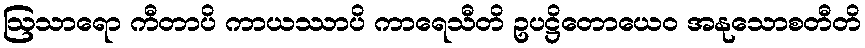
ဩသာရော ကီတာပိ ကာယဿာပိ ကာရေသီတိ ဥပဋ္ဌိတောယေဝ အနုသောစတီတိ